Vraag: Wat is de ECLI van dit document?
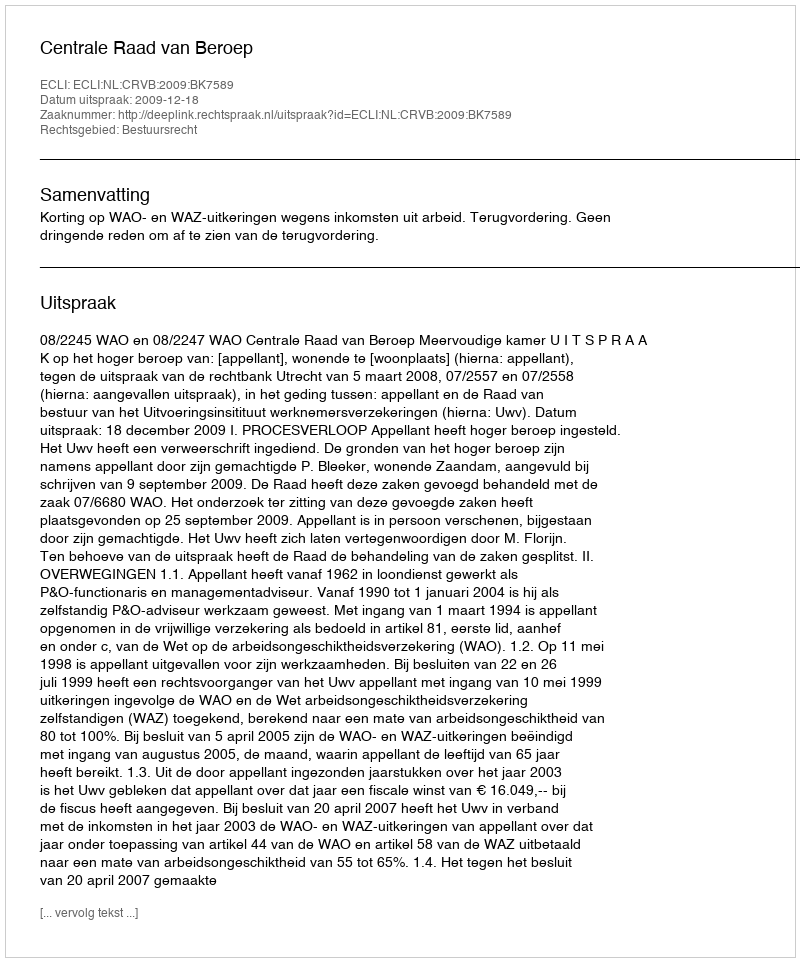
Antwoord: ECLI:NL:CRVB:2009:BK7589